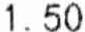
1.50